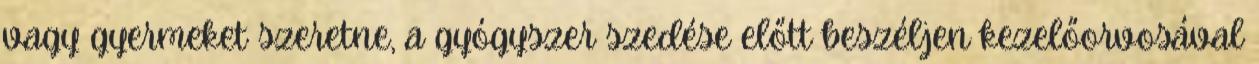
vagy gyermeket szeretne, a gyógyszer szedése előtt beszéljen kezelőorvosával